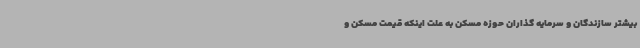
بیشتر سازندگان و سرمایه گذاران حوزه مسکن به علت اینکه قیمت مسکن و